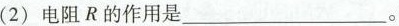
(2)电阻R的作用是___。